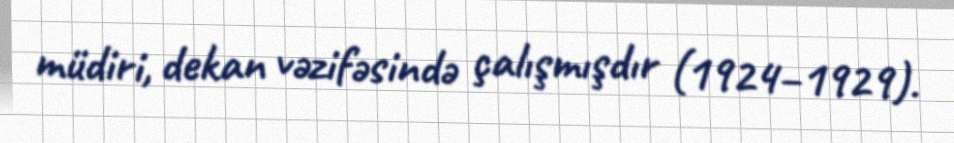
müdiri, dekan vəzifəsində çalışmışdır (1924–1929).